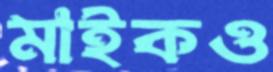
মাইকও